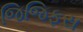
જિજિફસ